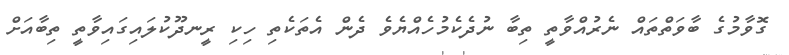
ގޮވާމުގެ ބާވަތްތައް ނެރުއްވާތީ ތިބާ ނުދެކެމުހެއްޔެވެ ދެން އެތަކެތި ހިކި ރީނދޫކުލައިގައިވާތީ ތިބާއަށް